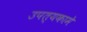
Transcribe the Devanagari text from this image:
उपत्यकामे